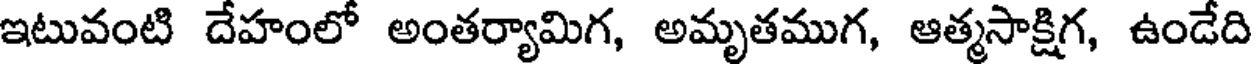
ఇటువంటి దేహంలో అంతర్యామిగ, అమృతముగ, ఆత్మసాక్షిగ, ఉండేది